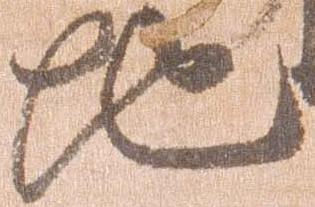
地